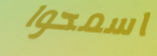
اسمحوا